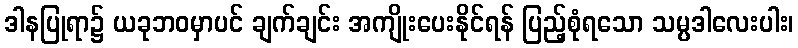
ဒါနပြုရာ၌ ယခုဘဝမှာပင် ချက်ချင်း အကျိုးပေးနိုင်ရန် ပြည့်စုံရသော သမ္ပဒါလေးပါး၊